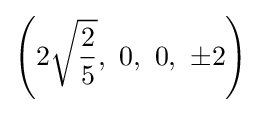
\left(2{\sqrt {\frac {2}{5}}},\ 0,\ 0,\ \pm 2\right)